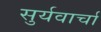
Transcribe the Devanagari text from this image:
सुर्यवार्चा